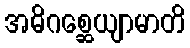
အဓိဂစ္ဆေယျာမာတိ